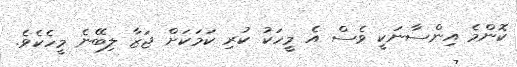
ކޮންމެ އިންސާނަކީ ވެސް އެ މީހަކު ކުރި ކަމަކަށް ޖަޒާ ލިބޭނެ މީހެކެވެ.